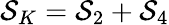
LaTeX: {\cal S}_{K}={\cal S}_{2}+{\cal S}_{4}